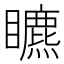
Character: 𥌜